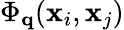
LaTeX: \Phi_{\mathbf{q}}(\mathbf{x}_{i},\mathbf{x}_{j})